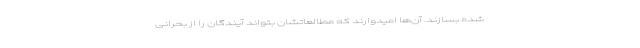
شده بسازند. آن‌ها امیدوارند که مطالعاتشان بتواند آیندگان را از بحرانی